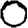
Digit: 0